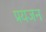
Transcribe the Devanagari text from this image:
प्रयजन